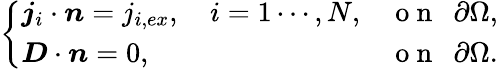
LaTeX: \left\{ \begin{array}{ll}{\boldsymbol{j}_{i}\cdot\boldsymbol{n}=j_{i,ex},\quad i=1\cdots,N,}&{\mathrm{~o~n~~~}\partial\Omega,}\\ {\boldsymbol{D}\cdot\boldsymbol{n}=0,}&{\mathrm{~o~n~~~}\partial\Omega.}\end{array}\right.